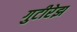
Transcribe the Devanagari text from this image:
गुटीरेझ